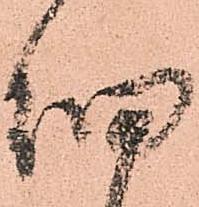
細